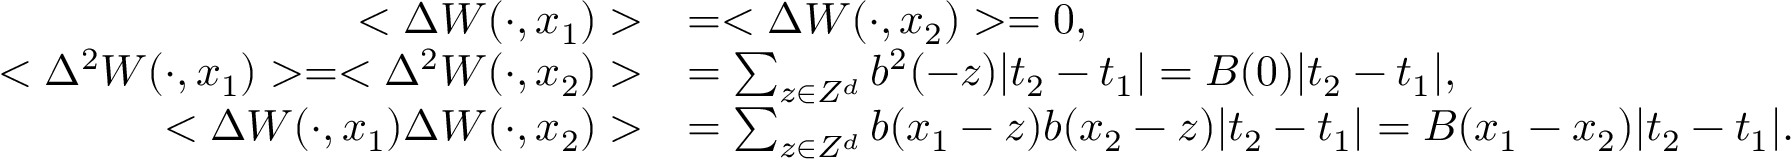
\begin{array} { r l } { < \Delta W ( \cdot , x _ { 1 } ) > } & { = < \Delta W ( \cdot , x _ { 2 } ) > = 0 , } \\ { < \Delta ^ { 2 } W ( \cdot , x _ { 1 } ) > = < \Delta ^ { 2 } W ( \cdot , x _ { 2 } ) > } & { = \sum _ { z \in Z ^ { d } } b ^ { 2 } ( - z ) | t _ { 2 } - t _ { 1 } | = B ( 0 ) | t _ { 2 } - t _ { 1 } | , } \\ { < \Delta W ( \cdot , x _ { 1 } ) \Delta W ( \cdot , x _ { 2 } ) > } & { = \sum _ { z \in Z ^ { d } } b ( x _ { 1 } - z ) b ( x _ { 2 } - z ) | t _ { 2 } - t _ { 1 } | = B ( x _ { 1 } - x _ { 2 } ) | t _ { 2 } - t _ { 1 } | . } \end{array}